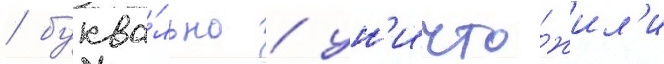
/ буква́льно / ун'ичто́жил'и